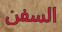
السفن